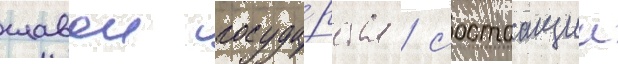
главои госуда́рства / состоащии